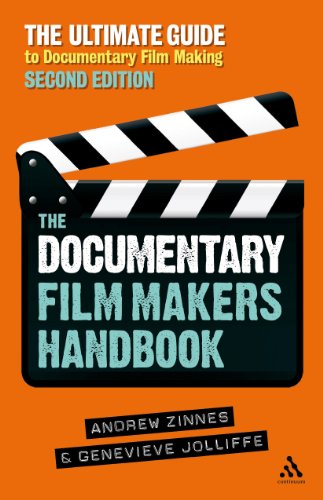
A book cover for The Documentary Film Makers Handbook, 2nd Edition: The Ultimate Guide to Documentary Filmmaking; Genevieve Jolliffe; Humor & Entertainment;